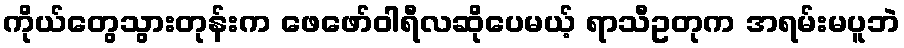
ကိုယ်တွေသွားတုန်းက ဖေဖော်ဝါရီလဆိုပေမယ့် ရာသီဥတုက အရမ်းမပူဘဲ